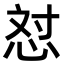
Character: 𪫼